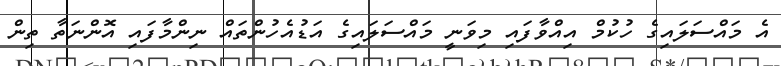
އެ މައްސަލައިގެ ހުކުމް އިއްވާފައި މިވަނީ މައްސަލައިގެ އަޑުއެހުންތައް ނިންމާފައި އޮންނަތާ ތިން